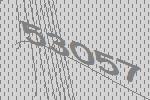
53057